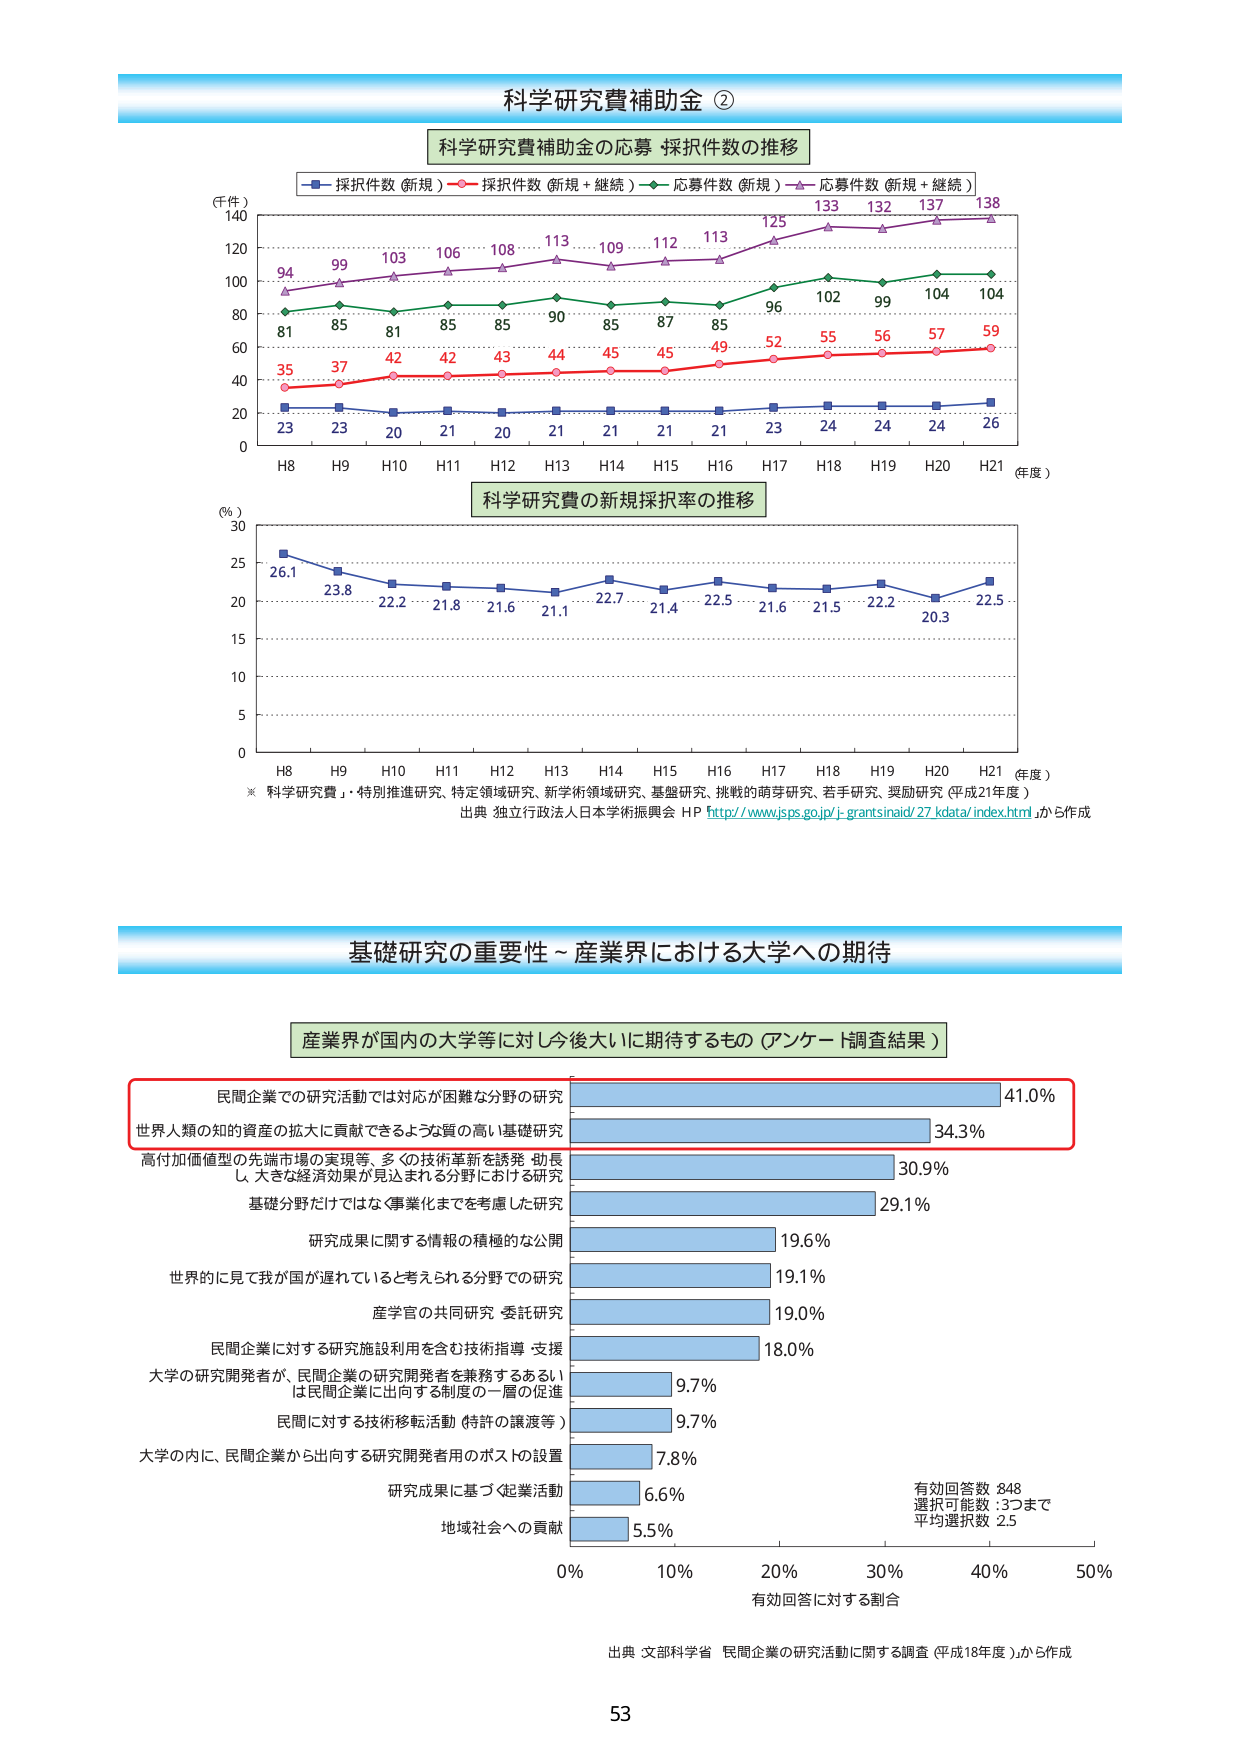
科学研究所補助金 ②

科学研究費補助金の応募・採択件数の推移

(件)
140
120
100
80
60
40
20
0

H8 H9 H10 H11 H12 H13 H14 H15 H16 H17 H18 H19 H20 H21 (年度)

■ 採択件数（新規） — 採択件数（新規＋継続） — 応募件数（新規） — 応募件数（新規＋継続）

23 23 20 21 20 21 21 21 21 23 24 24 24 26
35 37 42 42 43 44 45 45 49 52 55 56 57 59
81 85 81 85 85 90 85 87 85 96 102 99 104 104
94 99 103 106 108 113 109 112 113 125 133 132 137 138

科学研究費の新規採択率の推移

(％)
30
25
20
15
10
5
0

H8 H9 H10 H11 H12 H13 H14 H15 H16 H17 H18 H19 H20 H21 (年度)

26.1 23.8 22.2 21.8 21.6 21.1 22.7 21.4 22.5 21.6 21.5 22.2 20.3 22.5

※「科学研究費」・特別推進研究、特定領域研究、新学術領域研究、基盤研究、挑戦的萌芽研究、若手研究、奨励研究（平成21年度）
出典 独立行政法人日本学術振興会 HP http://www.jsps.go.jp/j-grantsinaid/27_kdata/index.html から作成

基礎研究の重要性～産業界における大学への期待

産業界が国内の大学等に対し今後大いに期待するもの（アンケート調査結果）

民間企業での研究活動では対応が困難な分野の研究 41.0％
世界人類の知的資産の拡大に貢献できるような質の高い基礎研究 34.3％
高付加価値型の先端市場の実現等、多くの技術革新を誘発・助長し、大きな経済効果が見込まれる分野における研究 30.9％
基礎分野だけではなく事業化までを考慮した研究 29.1％
研究成果に関する情報の積極的な公開 19.6％
世界的に見て我が国が遅れていると考えられる分野での研究 19.1％
産学官の共同研究・委託研究 19.0％
民間企業に対する研究施設利用を含む技術指導・支援 18.0％
大学の研究開発者が、民間企業の研究開発者を兼務するあるいは民間企業に出向する制度の一層の促進 9.7％
民間に対する技術移転活動（特許の譲渡等） 9.7％
大学の内に、民間企業から出向する研究開発者用のポストの設置 7.8％
研究成果に基づく起業活動 6.6％
地域社会への貢献 5.5％

0％ 10％ 20％ 30％ 40％ 50％
有効回答に対する割合

有効回答数 848
選択可能数：3つまで
平均選択数 2.5

出典 文部科学省 民間企業の研究活動に関する調査（平成18年度）から作成

53